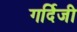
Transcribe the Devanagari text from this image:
गर्दिजी